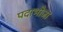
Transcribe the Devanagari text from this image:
पदाभोजा